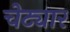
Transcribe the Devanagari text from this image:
चेट्यार